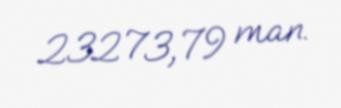
23273,79 man.